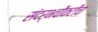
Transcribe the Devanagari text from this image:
संदर्भचौकटीचा